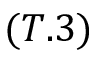
( T . 3 )